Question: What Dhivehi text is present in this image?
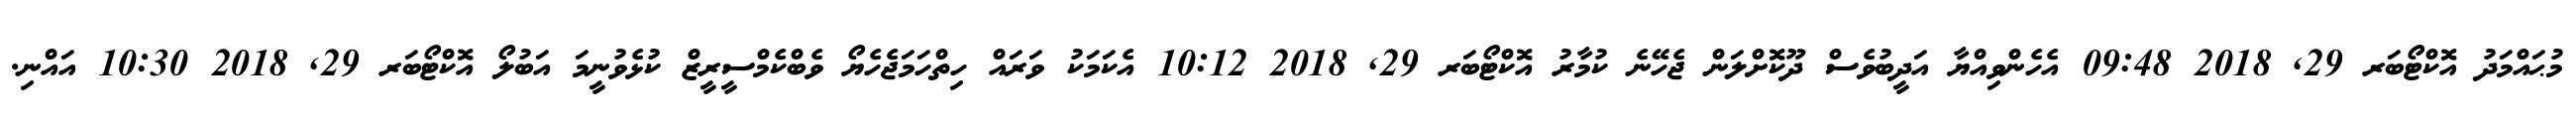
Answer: މުޙައްމަދު އޮކްޓޯބަރ 29, 2018 09:48 އެހެންވިއްޔާ އަދީބުވެސް ދޫކޮށްލަން ޖެހޭނެ ކުމާރު އޮކްޓޯބަރ 29, 2018 10:12 އެކަމަކު ވަރައް ހިތްހަމަޖެހެޔޯ ވެބްކެމްސީރީޒް ކުޅެވުނީމަ އަބުލޯ އޮކްޓޯބަރ 29, 2018 10:30 އައްނި.